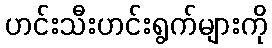
ဟင်းသီးဟင်းရွက်များကို